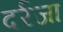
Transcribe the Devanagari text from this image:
दर्रजा